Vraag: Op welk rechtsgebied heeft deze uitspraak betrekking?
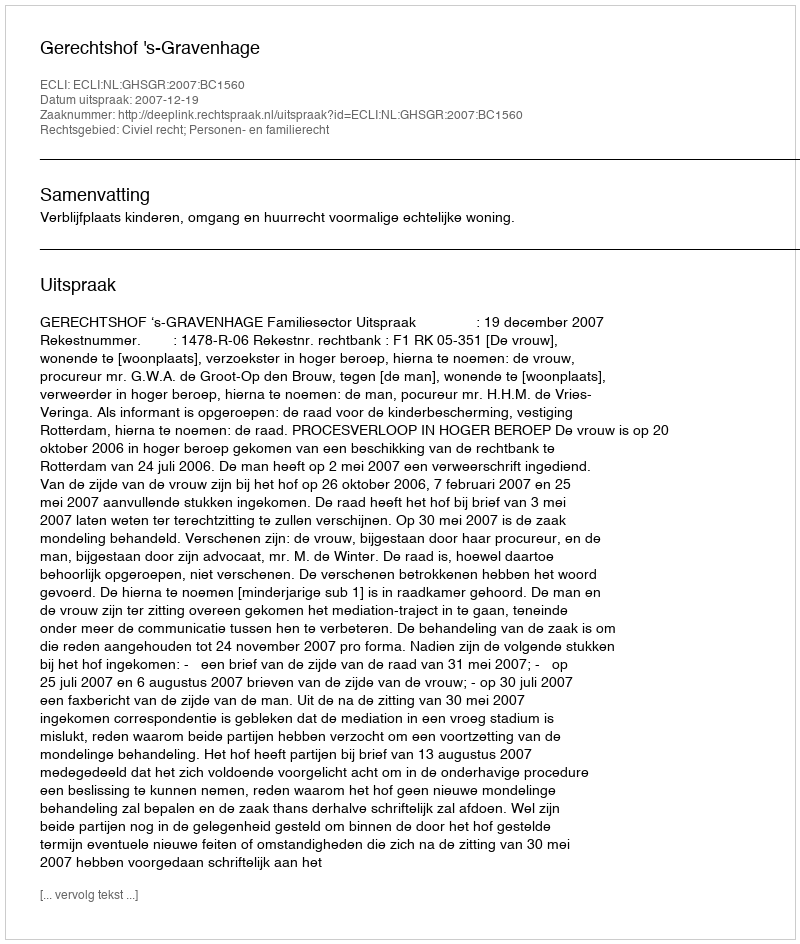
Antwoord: Civiel recht; Personen- en familierecht